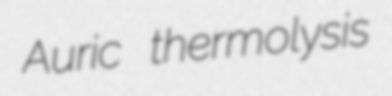
Auric thermolysis